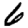
Digit: 6